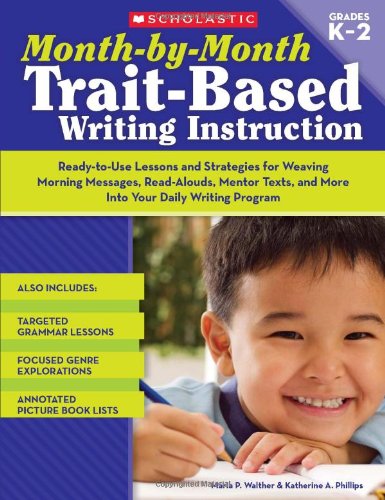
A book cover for Month-by-Month Trait-Based Writing Instruction: Ready-to-Use Lessons and Strategies for Weaving Morning Messages, Read-Alouds, Mentor Texts, and More ... Writing Program (Month-By-Month (Scholastic)); Maria Walther; Crafts, Hobbies & Home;